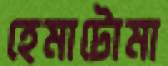
হেমাটোমা